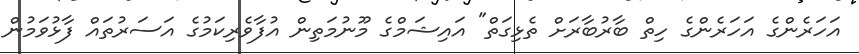
އަހަރެންގެ އަހަރެންގެ ހިތް ބާރުބާރަށް ތެޅިގަތް" އައިޝަމްގެ މޫނުމަތިން އުފާވެރިކަމުގެ އަސަރުތައް ފާޅުވަމުން